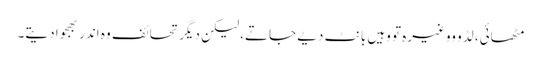
مٹھائی، لڈو ووغیرہ تو وہیں بانٹ دیے جاتے، لیکن دیگر تحائف وہ اندر بھجوا دیتے۔